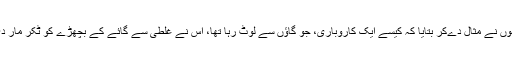
انہوں نے مثال دےکر بتایا کہ کیسے ایک کاروباری، جو گاؤں سے لوٹ رہا تھا، اس نے غلطی سے گائے کے بچھڑے کو ٹکر مار دی۔